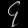
Digit: ၄